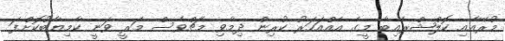
މުރޭއާއި ކޮލްޝްރެއިބާ މީގެ އެއްއަހަރު ކުރިން ދިމާވި މެޗްވެސް މަރީ ވަނީ ކާމިޔާބުކޮށްފަ